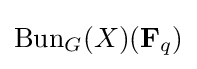
\operatorname {Bun} _{G}(X)(\mathbf {F} _{q})